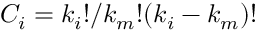
C _ { i } = { k _ { i } ! } / { { k _ { m } ! } { ( k _ { i } - k _ { m } ) ! } }